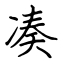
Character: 凑